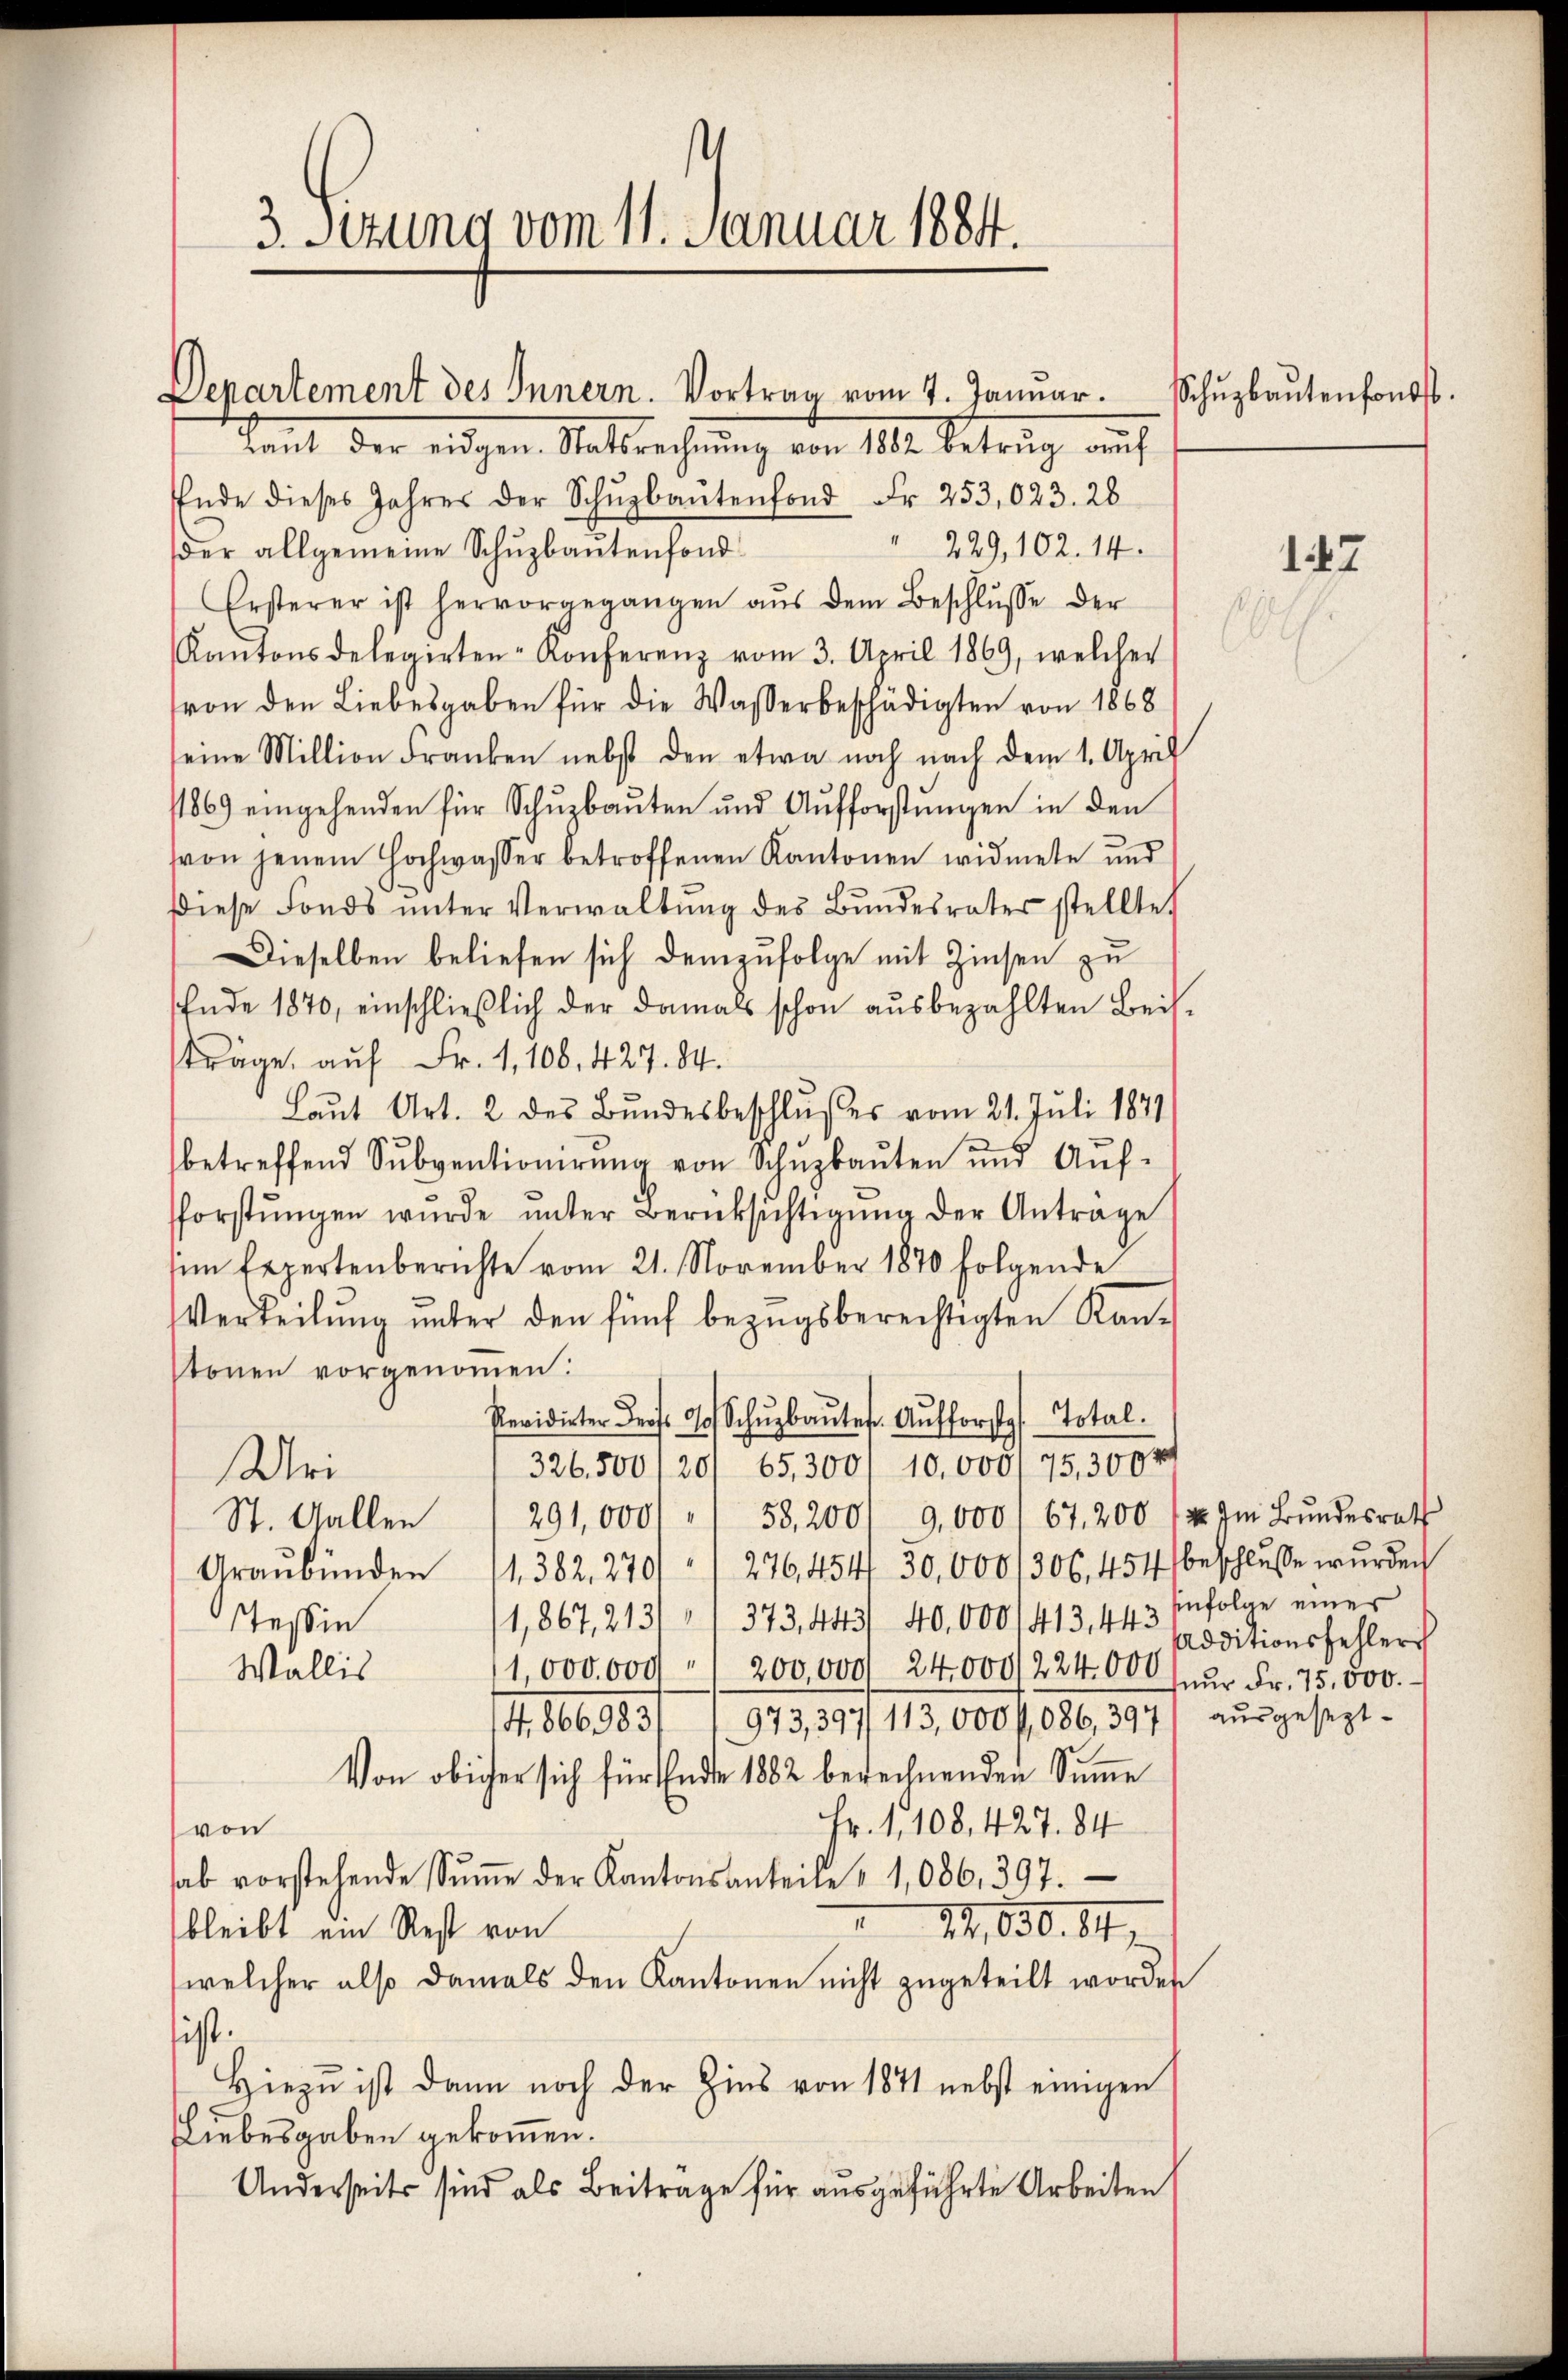
3. Setzung vom 11. Januar 1884.

Departement des Innern. Vortrag vom 7. Januar.
Kant der eidgen. Statsrechnŭng von 188. Betrug auch

Ende dieses Jahres der Schŭbaŭtenfond Fr. 253,023. 28
" 229, 102. 14.
der allgemeine Schuzbautenfond
Ersterer ist hervorgegangen aŭs dem Beschlŭsse der
Kantonsdelegirten-Konferenz vom 3. April 1869, welcher
von den Liebesgaben für die Wasserbeschädigten von 1868
eine Million Franken nebst den etwa noch nach dem 1. April
11869 eingehenden für Schŭzbauten und Aufforstungen in den
von jenem Hochwasser betroffenen Kantonen widmete und
diese Fonds ŭnter Verwaltŭng des Bŭndesrater stellte,
Dieselben beliefen sich demzufolge mit Zinsen zu
Ende 1870, einschließlich der damals schon aŭsbezahlten Beis.
träge auf Fr. 1, 108, 427. 84.
Laŭt Art. 2 des Bundesbeschlußes vom 21. Juli 1871
betreffend Subventionirung von Schuzbauten und Auf-
fforstŭngen wŭrde ŭnter Berücksichtigŭng der Antrage
sim Expertenberichte vom 21. November 1870 folgende
Verteilŭng ŭnter den fünf bezŭgsberechtigten Kan-
stonen vorgenommen:
Pevidirter ders. 90 Schŭbaŭte Aŭfforste Total.
326,500/20/ 65,300/ 10,000/75,3000
Uri
291,000 " " 58, 200/ 9,000 / 67. 200 / Im Bŭndesrath
St. Gallen
Graŭbünden 11. 382. 270// 276, 454 50,0001306, 454 beschlŭsse wurden
Tessin
1,867, 213// 373, 443/ 40,000/413, 443 Pröditionsfehlers
Wallis
11,000,000 / 200,000 24,000/224.00 nur Fr. 75,000.
4,866983/ 1 973,397/ 113,000 f 086,397 aŭsgesezt
Von obiger sich für Ende 1882 berechnenden Summe
Fr. 1, 108, 427. 84
von
hab vorstehende Sŭṁe der Kantonsanteile " 1,086, 397.
1,830. 84
bleibt ein Rest von
welcher also damals den Kantonen nicht zugeteilt worden
sist.
Hiezu ist dann noch der Zins von 1871 nebst einigen
Liebesgaben gekommen.
Anderseits sind als Beiträge für ausgeführte Arbeiten

Schuzbautenfonds

147

infolge einer